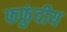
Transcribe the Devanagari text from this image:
फफुंदीय